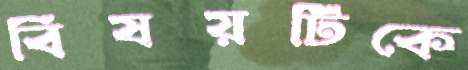
বিষয়টিকে